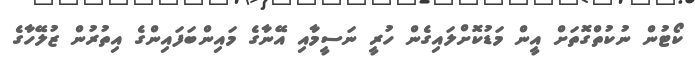
ކޯޓުން ނުކުތްގޮތަށް އީން މަޑުކޮށްލައިގެން ހުރީ ނަސީމާއި އޭނާގެ މައިންބަފައިންގެ އިތުރުން ޒުލޭހާގެ